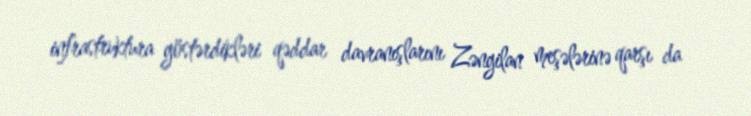
infrastruktura göstərdikləri qəddar davranışlarını Zəngilan meşələrinə qarşı da